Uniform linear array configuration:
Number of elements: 32
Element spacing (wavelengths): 0.5
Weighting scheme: hamming
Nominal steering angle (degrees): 45
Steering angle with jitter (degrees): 45.478
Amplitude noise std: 0.05
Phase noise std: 0.05

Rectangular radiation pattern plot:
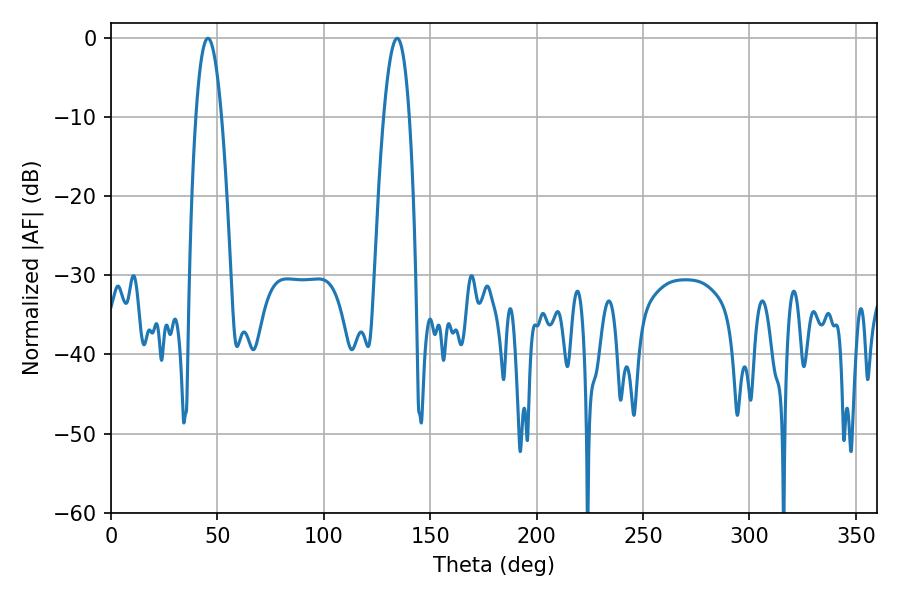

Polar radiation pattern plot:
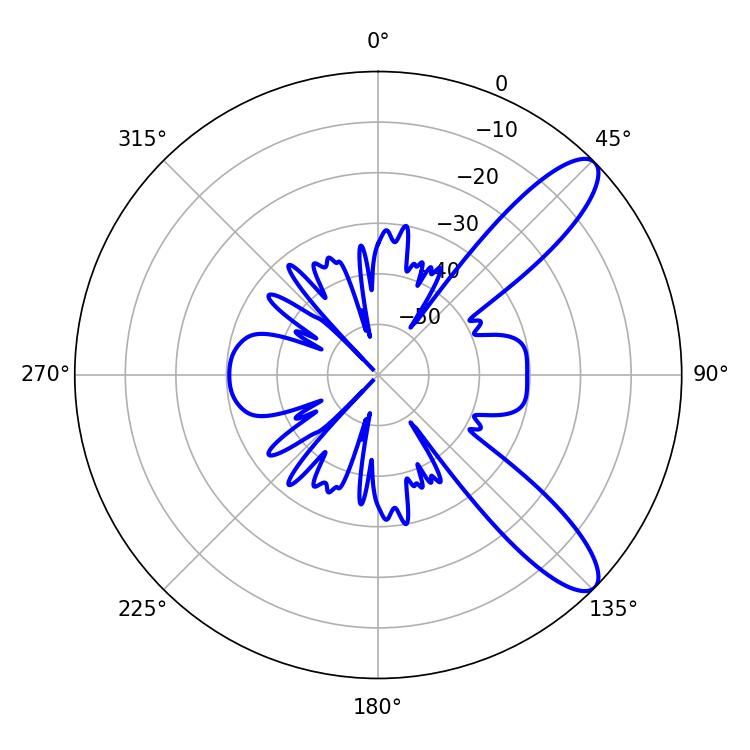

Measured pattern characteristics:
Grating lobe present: FALSE
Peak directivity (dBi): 10.486
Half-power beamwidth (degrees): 6.66
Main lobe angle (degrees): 45.54